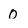
Character: 0